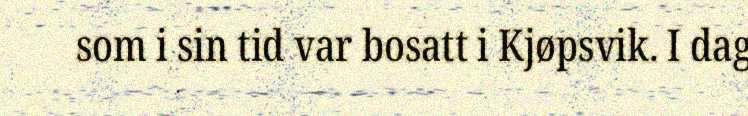
som i sin tid var bosatt i Kjøpsvik. I dag